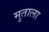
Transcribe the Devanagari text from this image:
मुताला